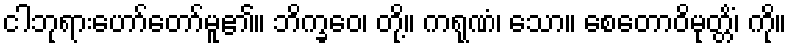
ငါဘုရားဟော်တော်မူ၏။ ဘိက္ခဝေ၊ တို့။ ကရုဏံ၊ သော။ စေတောဝိမုတ္တိံ၊ ကို။